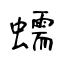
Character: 蠕